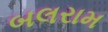
બલરામ